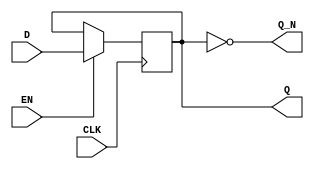
module edge_triggered_gated_latch (
    input wire D,      // Data input
    input wire EN,     // Enable signal
    input wire CLK,    // Clock signal
    output reg Q,      // Latched output
    output wire Q_N    // Complement of the output Q
);

    // Assigning the complement output
    assign Q_N = ~Q;

    // Always block triggered on the rising edge of the clock
    always @(posedge CLK) begin
        if (EN) begin
            Q <= D;  // Latch the data input D when EN is high
        end
        // If EN is low, Q retains its previous value
    end

endmodule